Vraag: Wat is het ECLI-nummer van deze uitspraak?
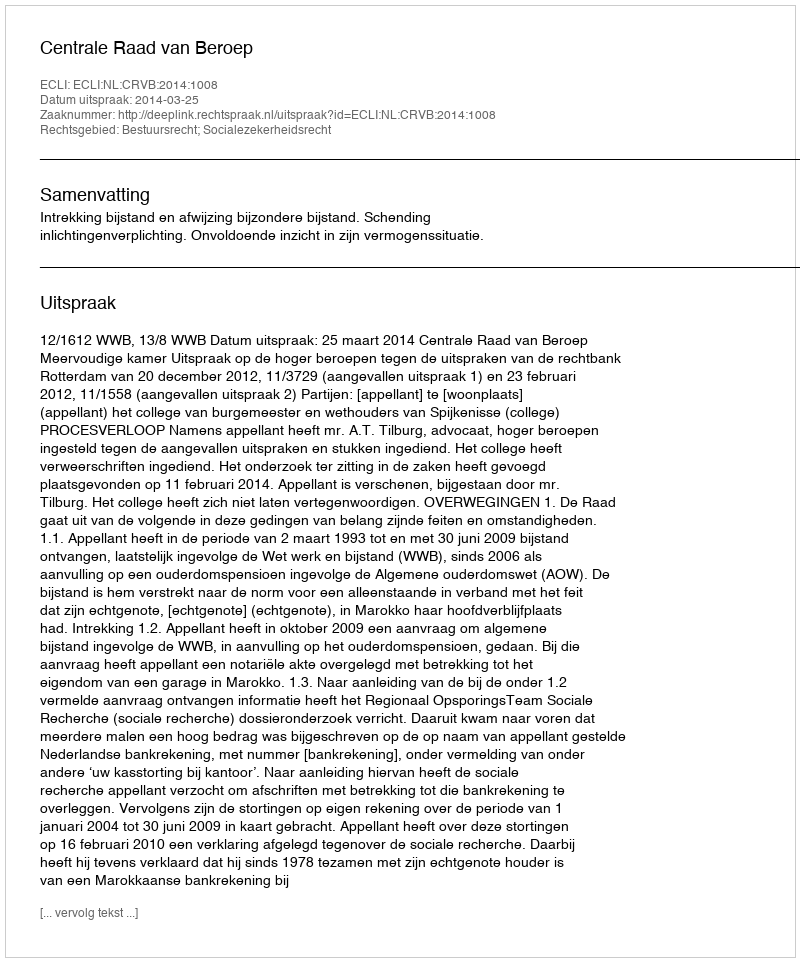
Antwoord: ECLI:NL:CRVB:2014:1008